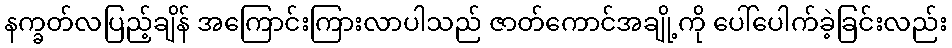
နက္ခတ်လပြည့်ချိန် အကြောင်းကြားလာပါသည် ဇာတ်ကောင်အချို့ကို ပေါ်ပေါက်ခဲ့ခြင်းလည်း